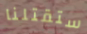
ستقتلنا